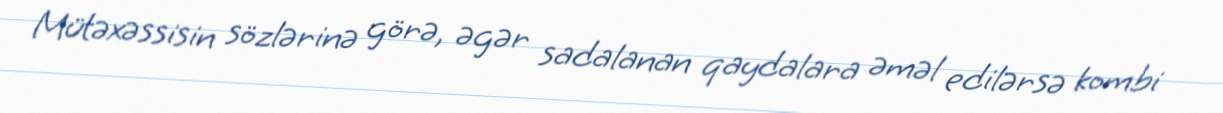
Mütəxəssisin sözlərinə görə, əgər sadalanan qaydalara əməl edilərsə kombi